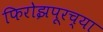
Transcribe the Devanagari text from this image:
फिरोझपूरच्या